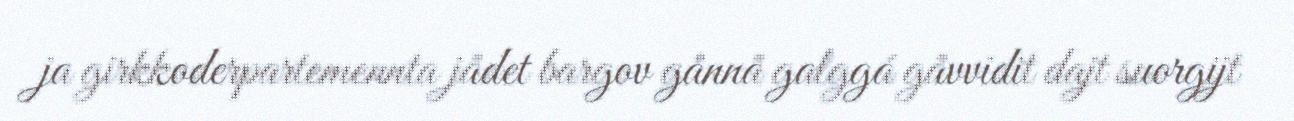
ja girkkoderpartemennta jådet bargov gånnå galggá gåvvidit dajt suorgijt